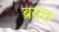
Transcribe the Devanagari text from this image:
ब्रयंत